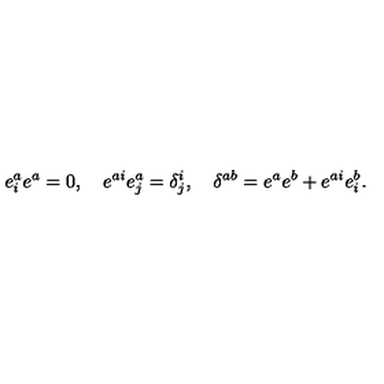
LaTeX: e _ { i } ^ { a } e ^ { a } = 0 , \quad e ^ { a i } e _ { j } ^ { a } = \delta _ { j } ^ { i } , \quad \delta ^ { a b } = e ^ { a } e ^ { b } + e ^ { a i } e _ { i } ^ { b } .